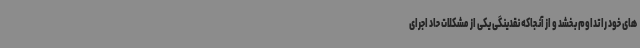
های خود را تداوم بخشد و از آنجاکه نقدینگی یکی از مشکلات حاد اجرای